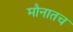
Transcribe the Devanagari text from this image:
मौनातच